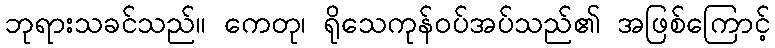
ဘုရားသခင်သည်။ ကေတု၊ ရိုသေကုန်ဝပ်အပ်သည်၏ အဖြစ်ကြောင့်